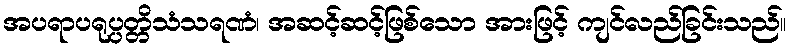
အပရာပရုပ္ပတ္တိသံသရဏံ၊ အဆင့်ဆင့်ဖြစ်သော အားဖြင့် ကျင်လည်ခြင်းသည်။